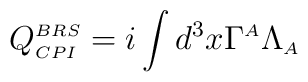
\displaystyle Q^{\scriptscriptstyle BRS}_{\scriptscriptstyle CPI}=i\int d^3x \Gamma^{\scriptscriptstyle A}\Lambda_{\scriptscriptstyle A}